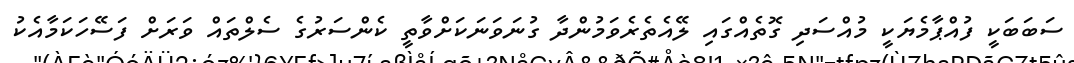
ސަބަބަކީ ފުއްޕާމެޔަކީ މުއްސަދި ގޮތެއްގައި ލޭއެތެރެވަމުންދާ ގުނަވަނަކަށްވާތީ ކެންސަރުގެ ސެލްތައް ވަރަށް ފަސޭހަކަމާއެކު